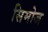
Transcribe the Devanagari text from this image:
सिमोज